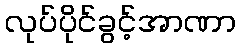
လုပ်ပိုင်ခွင့်အာဏာ